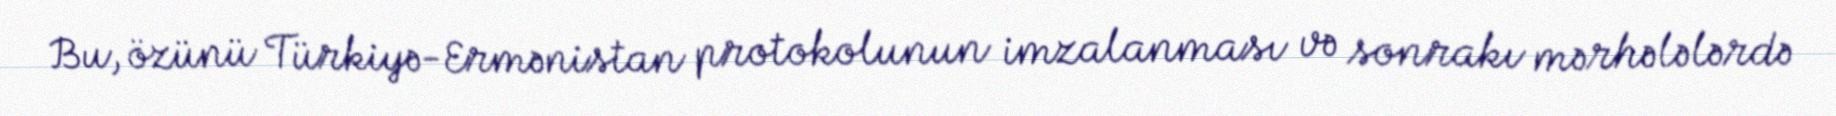
Bu, özünü Türkiyə-Ermənistan protokolunun imzalanması və sonrakı mərhələlərdə